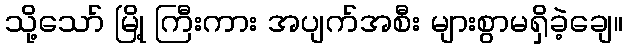
သို့သော် မြို့ ကြီးကား အပျက်အစီး များစွာမရှိခဲ့ချေ။